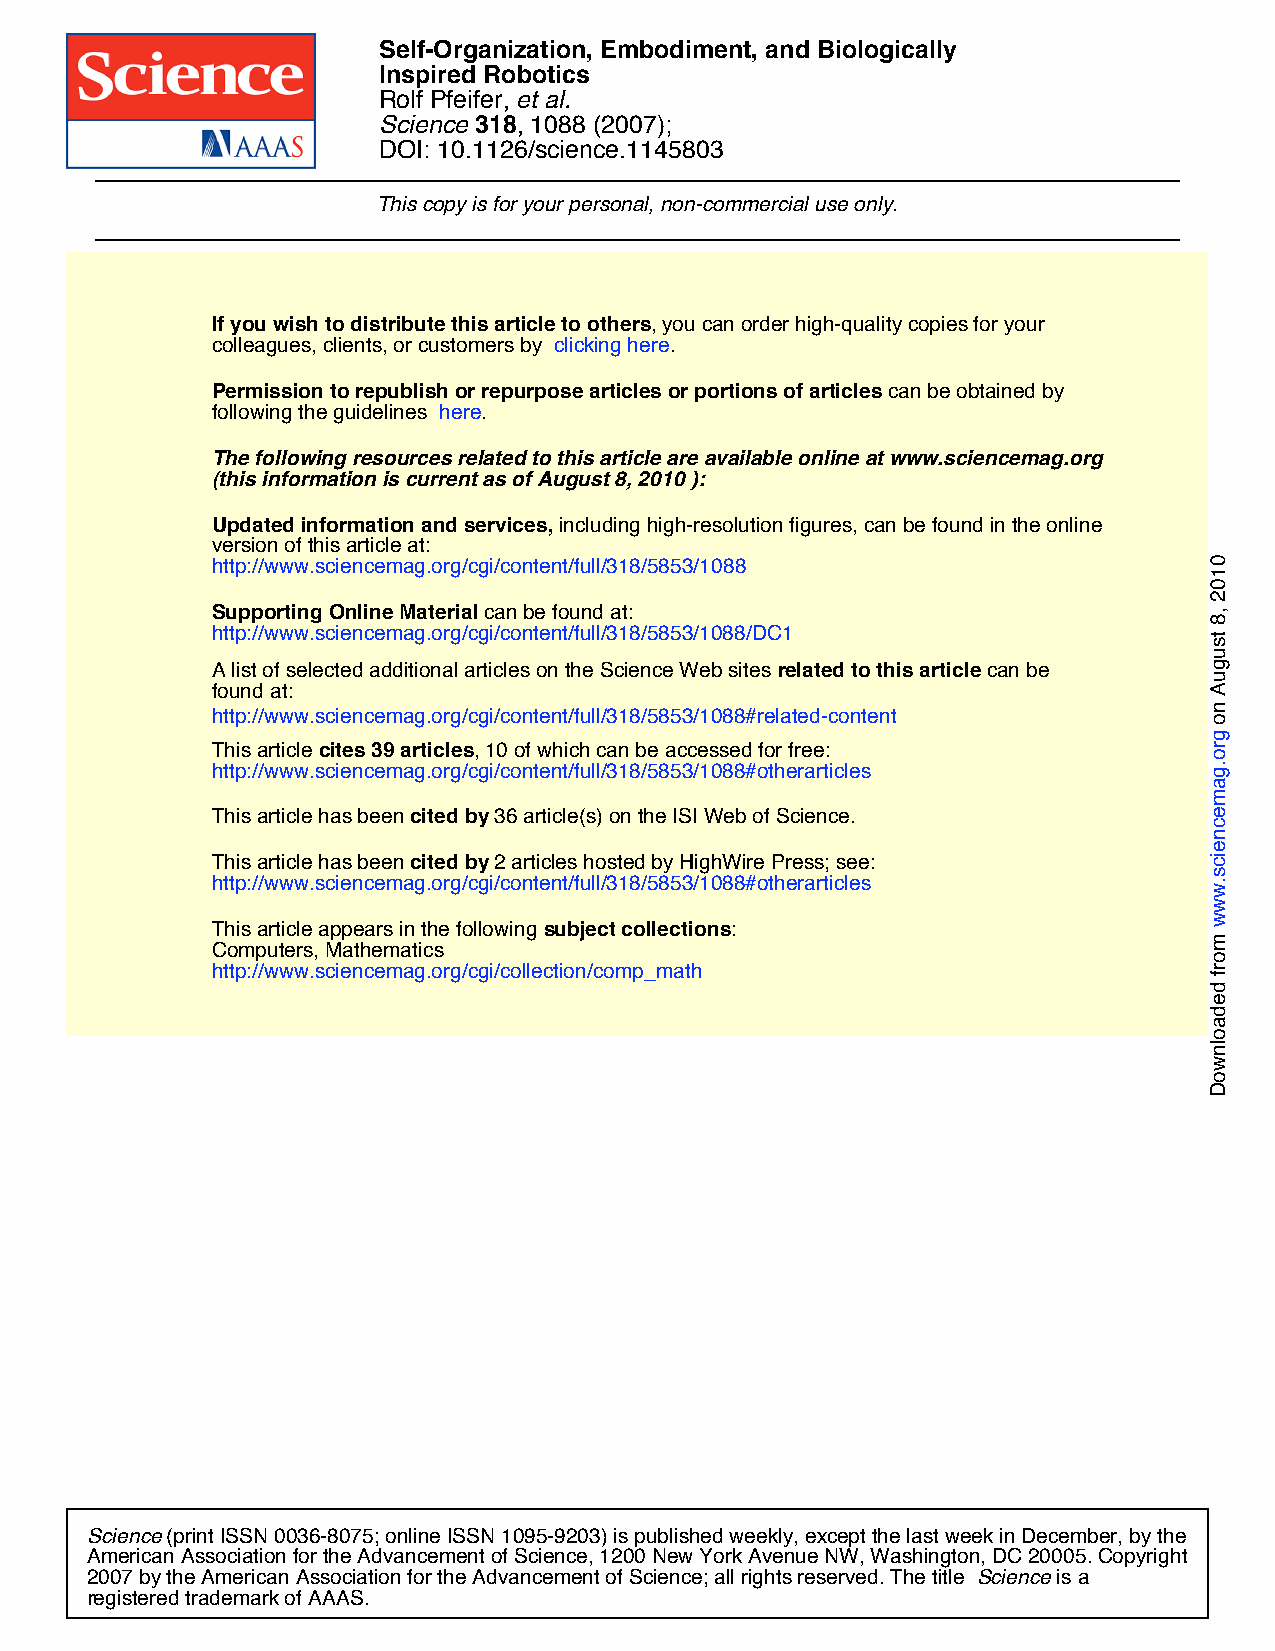
Self-Organization, Embodiment, and Biologically
 Inspired Robotics
 Rolf Pfeifer, et al.
 Science 318, 1088 (2007);
 DOI: 10.1126/science.1145803
 This copy is for your personal, non-commercial use only.
 If you wish to distribute this article to others, you can order high-quality copies for your
 colleagues, clients, or customers by clicking here.
 Permission to republish or repurpose articles or portions of articles can be obtained by
 following the guidelines here.
 The following resources related to this article are available online at www.sciencemag.org
 (this information is current as of August 8, 2010 ):
 Updated information and services, including high-resolution figures, can be found in the online
 version of this article at:
 http://www.sciencemag.org/cgi/content/full/318/5853/1088
 Supporting Online Material can be found at:
 http://www.sciencemag.org/cgi/content/full/318/5853/1088/DC1
 A list of selected additional articles on the Science Web sites related to this article can be
 found at:
 http://www.sciencemag.org/cgi/content/full/318/5853/1088#related-content
 This article cites 39 articles, 10 of which can be accessed for free:
 http://www.sciencemag.org/cgi/content/full/318/5853/1088#otherarticles
 This article has been cited by 36 article(s) on the ISI Web of Science.
 This article has been cited by 2 articles hosted by HighWire Press; see:
 http://www.sciencemag.org/cgi/content/full/318/5853/1088#otherarticles
 This article appears in the following subject collections:
 Computers, Mathematics
 http://www.sciencemag.org/cgi/collection/comp_math
 Science (print ISSN 0036-8075; online ISSN 1095-9203) is published weekly, except the last week in December, by the
 American Association for the Advancement of Science, 1200 New York Avenue NW, Washington, DC 20005. Copyright
 2007 by the American Association for the Advancement of Science; all rights reserved. The title Science is a
 registered trademark of AAAS.
 0102
 ,8
 tsuguA
 no
 gro.gamecneics.www
 morf
 dedaolnwoD